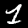
Label: 1